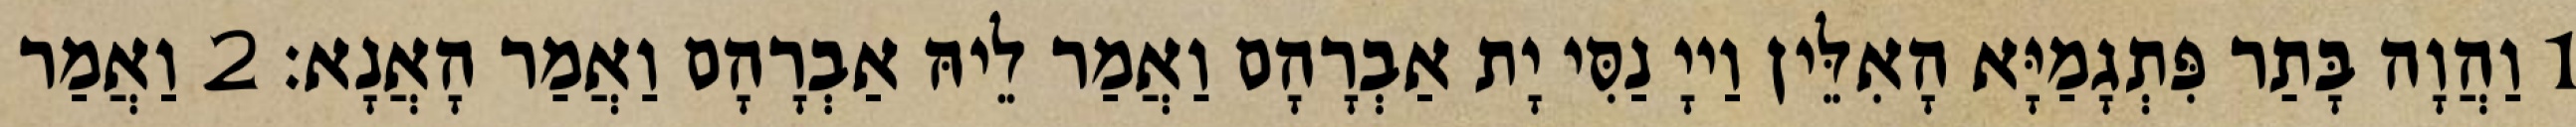
1 וַהֲוָה בָּתַר פִּתְגָמַיָּא הָאִלֵּין וַייָ נַסִּי יָת אַבְרָהָם וַאֲמַר לֵיהּ אַבְרָהָם וַאֲמַר הָאֲנָא׃ 2 וַאֲמַר